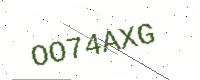
Text: OO74AXG